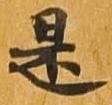
是